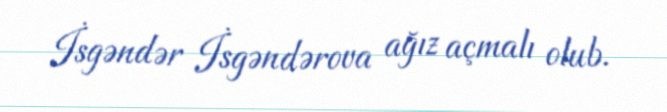
İsgəndər İsgəndərova ağız açmalı olub.